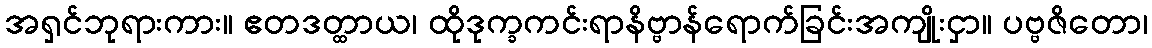
အရှင်ဘုရားကား။ ဧတဒတ္ထာယ၊ ထိုဒုက္ခကင်းရာနိဗ္ဗာန်ရောက်ခြင်းအကျိုးငှာ။ ပဗ္ဗဇိတော၊